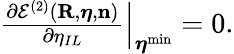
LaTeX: \begin{array}{r}{\frac{\partial{\cal E}^{(2)}({\mathbf R},{\boldsymbol\eta},{\mathbf n})}{\partial\eta_{IL}}\Big\vert_{{\boldsymbol\eta}^{\mathrm{min}}}=0.}\end{array}